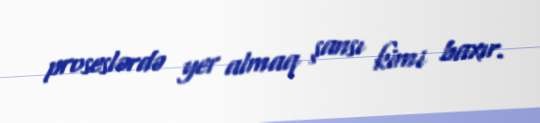
proseslərdə yer almaq şansı kimi baxır.